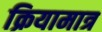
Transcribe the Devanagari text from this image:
क्रियामात्र